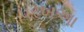
પરખઆ